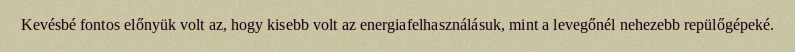
Kevésbé fontos előnyük volt az, hogy kisebb volt az energiafelhasználásuk, mint a levegőnél nehezebb repülőgépeké.